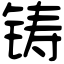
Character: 铸